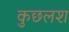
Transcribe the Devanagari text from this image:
कुछलश